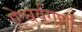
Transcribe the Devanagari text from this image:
ऐश्वर्यगुणों